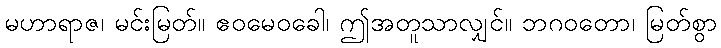
မဟာရာဇ၊ မင်းမြတ်။ ဧဝမေဝခေါ၊ ဤအတူသာလျှင်။ ဘဂဝတော၊ မြတ်စွာ